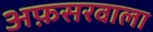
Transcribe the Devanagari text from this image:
अफ़सरवाला